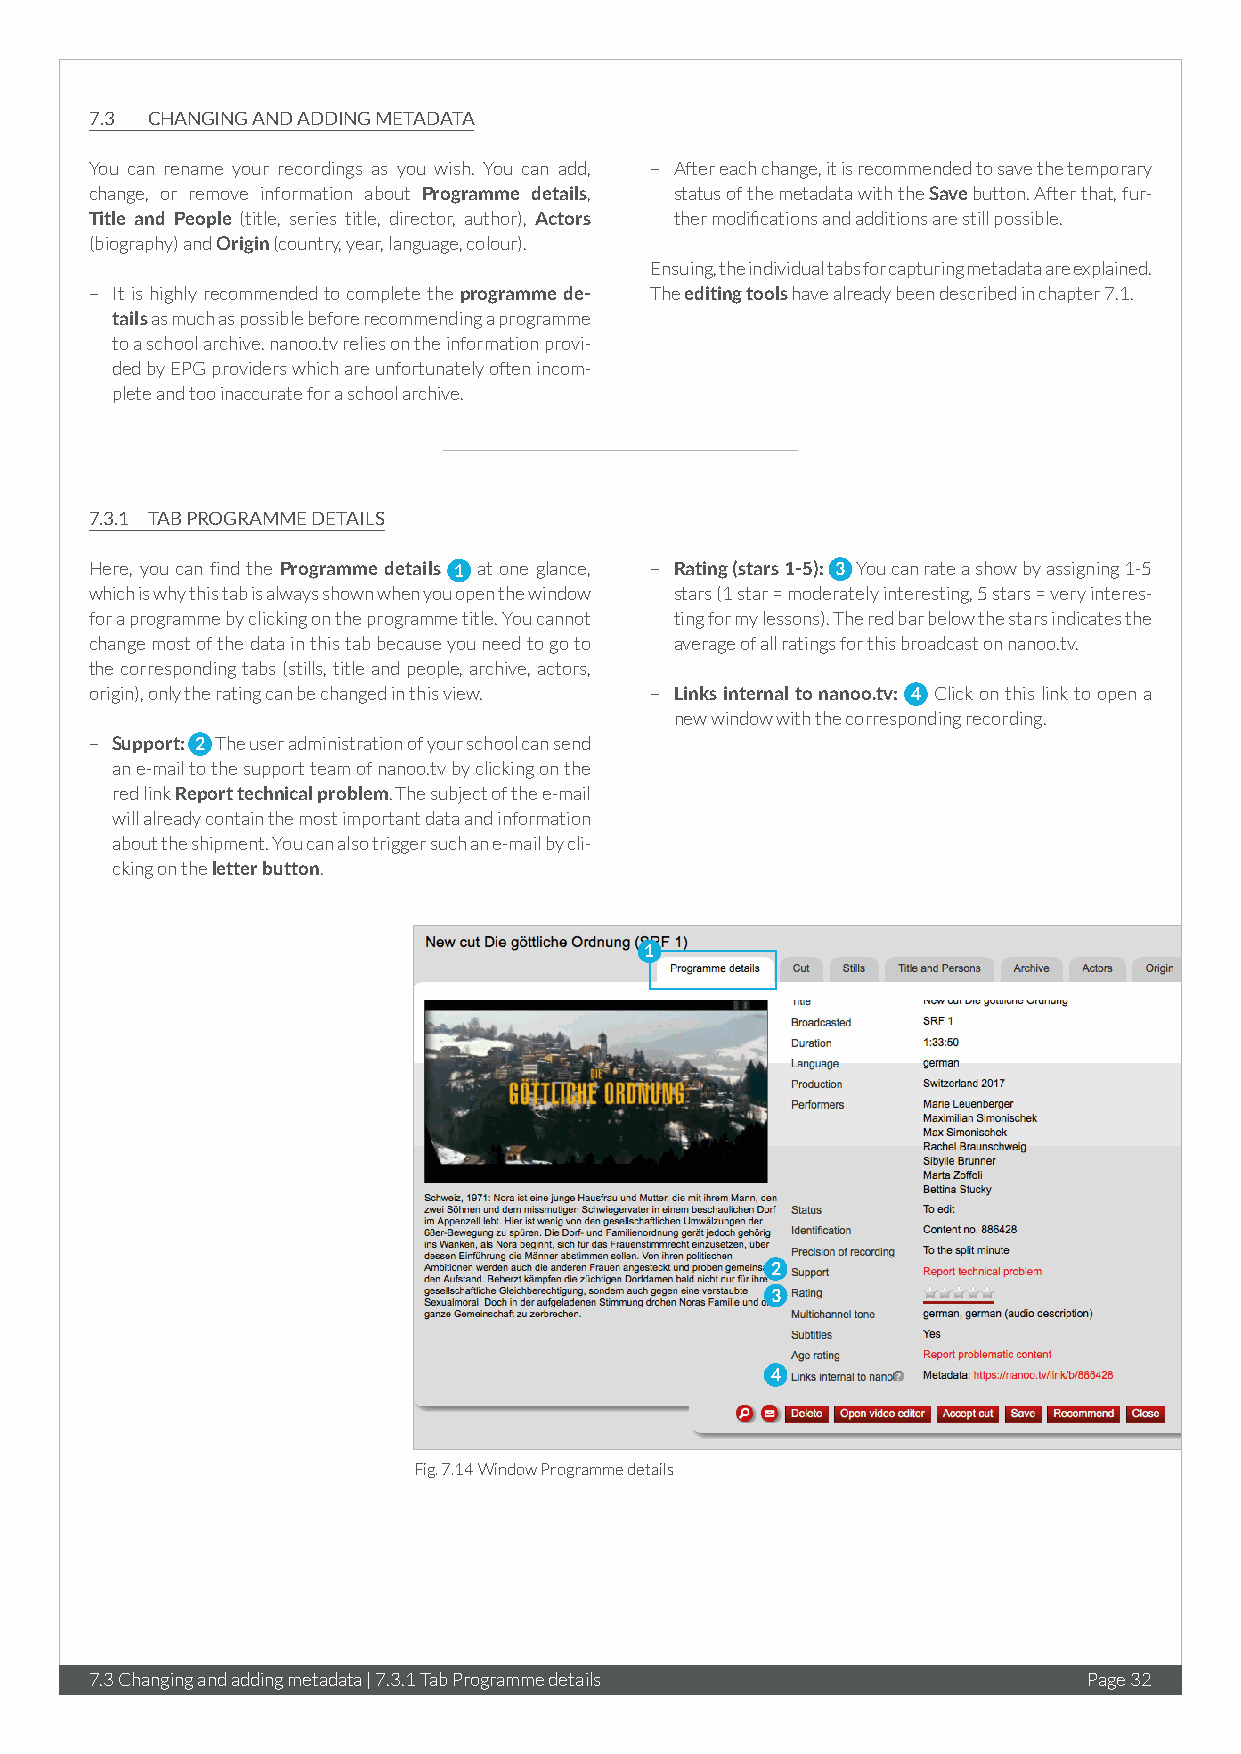
7.3 CHANGING AND ADDING METADATA
 You can rename your recordings as you wish. You can add, – After each change, it is recommended to save the temporary
 change, or remove information about Programme details, status of the metadata with the Save button. After that, fur-
 Title and People (title, series title, director, author), Actors ther modifications and additions are still possible.
 (biography) and Origin (country, year, language, colour).
 Ensuing, the individual tabs for capturing metadata are explained.
 – It is highly recommended to complete the programme de- The editing tools have already been described in chapter 7.1.
 tails as much as possible before recommending a programme
 to a school archive. nanoo.tv relies on the information provi-
 ded by EPG providers which are unfortunately often incom-
 plete and too inaccurate for a school archive.
 7.3.1 TAB PROGRAMME DETAILS
 Here, you can find the Programme details 1 at one glance, – Rating (stars 1-5): 3 You can rate a show by assigning 1-5
 which is why this tab is always shown when you open the window stars (1 star = moderately interesting, 5 stars = very interes-
 for a programme by clicking on the programme title. You cannot ting for my lessons). The red bar below the stars indicates the
 change most of the data in this tab because you need to go to average of all ratings for this broadcast on nanoo.tv.
 the corresponding tabs (stills, title and people, archive, actors,
 origin), only the rating can be changed in this view. – Links internal to nanoo.tv: 4 Click on this link to open a
 new window with the corresponding recording.
 – Support: 2 The user administration of your school can send
 an e-mail to the support team of nanoo.tv by clicking on the
 red link Report technical problem. The subject of the e-mail
 will already contain the most important data and information
 about the shipment. You can also trigger such an e-mail by cli-
 cking on the letter button.
 1
 2
 3
 4
 Fig. 7.14 Window Programme details
 7.3 Changing and adding metadata | 7.3.1 Tab Programme details    Page 32